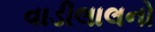
વાડીલાલનો